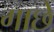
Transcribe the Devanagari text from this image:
गाछे